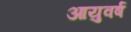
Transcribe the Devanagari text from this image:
आयुवर्ष